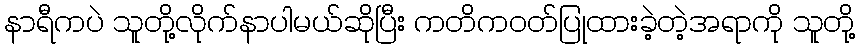
နာရီကပဲ သူတို့လိုက်နာပါမယ်ဆိုပြီး ကတိကဝတ်ပြုထားခဲ့တဲ့အရာကို သူတို့